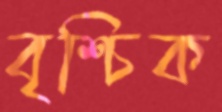
বৃশ্চিক